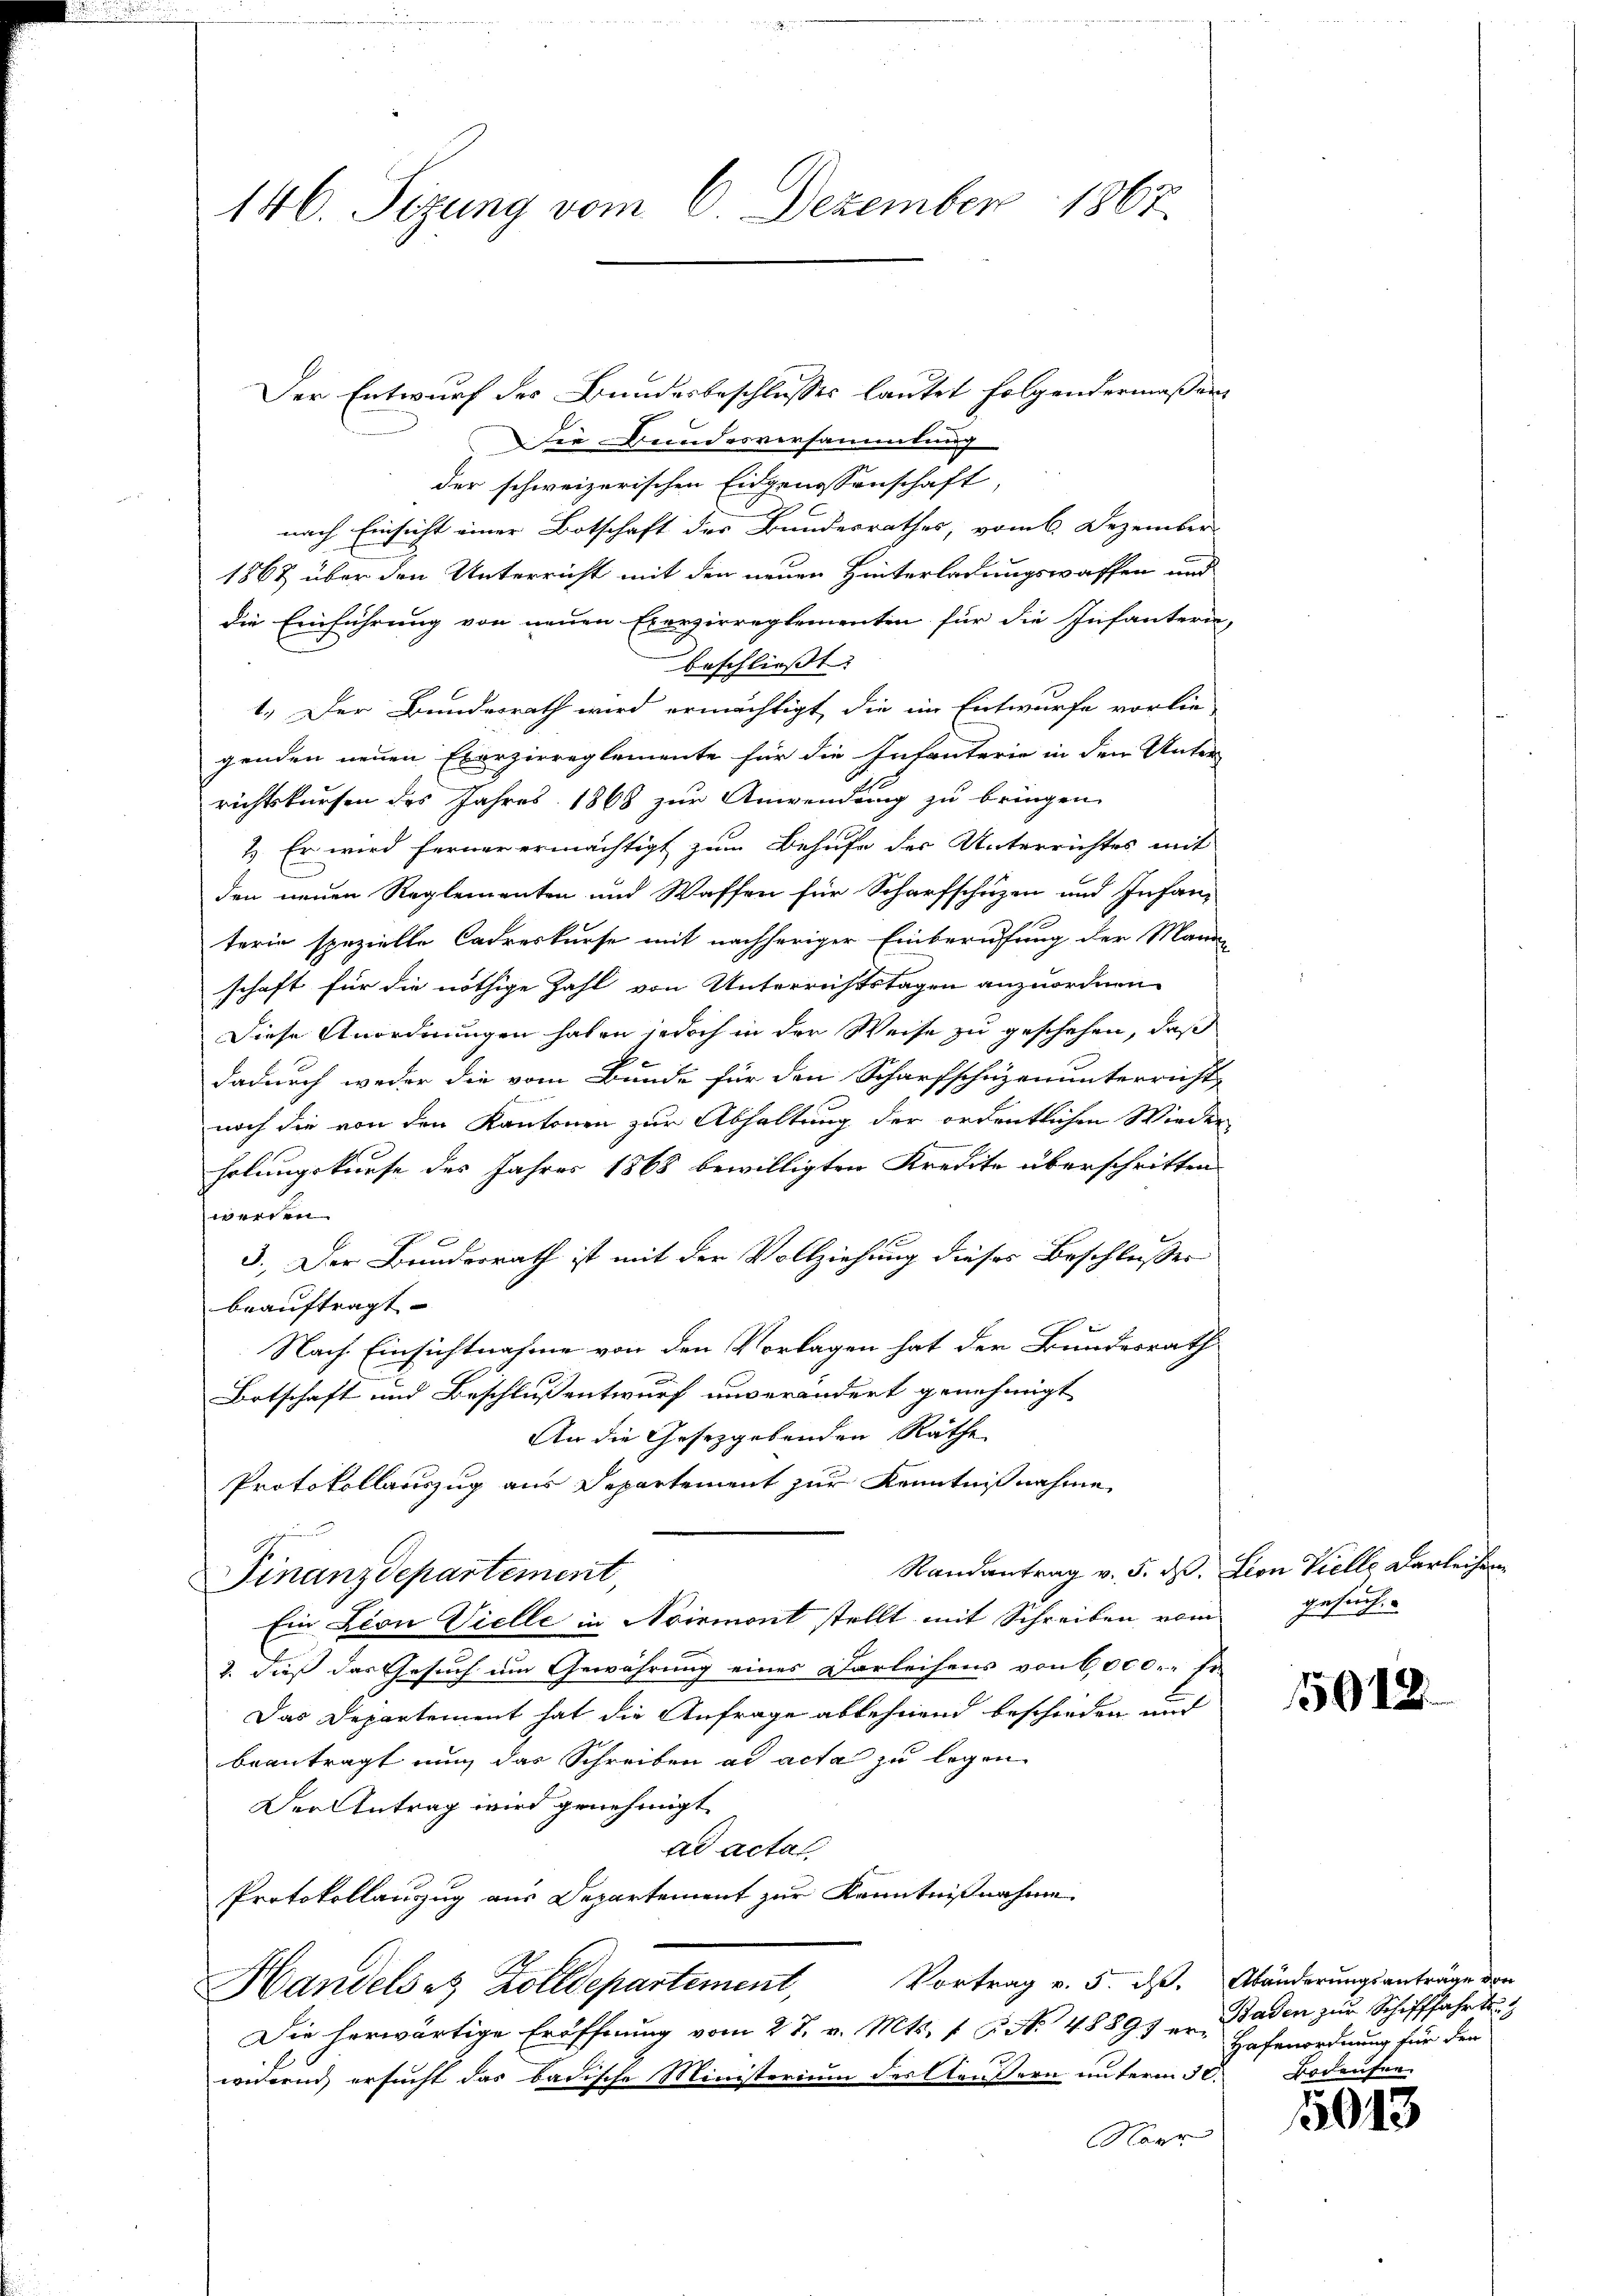
146. Sizung vom 6. Dezember 1867.

Der Entwurf des Bundesbeschlusses lautet folgendermaßer¬
Die Bundesversammlung
der schweizerischen Eidgenossenschaft,
nach Einsicht einer Botschaft des Bundesrathes, vom 6. Dezember
1867 über den Unterricht mit den neuen Hinterladungswassen und
die Einführung von neuen Exerzirreglementen für die Infanterie,
beschließt:
1.) Der Bundesrath wird ermächtigt, die im Entwurfe vorlie
genden neuen Exerzirreglemente für die Infanterie in den Unter-
richtskursen des Jahres 1868 zur Anwendung zu bringen,
1.) Er wird ferner ermächtigt zum Behufe des Unterrichtes mit
den neuen Reglementen und Waffen für Scharfschüzen und Infan-
terin spezielle Cadreskurse mit nachheriger Einberufung der Mande
schaft für die nöthige Zahl von Unterrichtstagen anzuordnen.
Diese Anordnungen haben jedoch in der Weise zu geschehen, daß
dadurch weder die vom Bunde für den Scharfschüzenunterricht
noch die von den Kantonen zur Abhaltung der ordentlichen Wieder
holungskurse des Jahres 1868 bewilligten Kredite überschritten
werden.
3.) Der Bundesrath ist mit der Vollziehung dieses Beschlusses
beauftragt.
Nach Einsichtnahme von den Vorlagen hat der Bundesrath
Ortschaft und Beschlussentwurf unverändert genehmigt
An die Gesetzgebenden Räthe
Protokollauszug aus Departement zur Kenntniß nehme
Randantrag v. 5. ds. Lion Vielle Darleihen
Finanzdepartement,
Ein Lion Vielle in Noirmont stellt mit Schreiben vom gesuch
2. dieß das Gesuch um Gewährung eines Darleihens von 6,000.- Er
Das Departement hat die Anfrage ablehnend beschieden und
beantragt nun das Schreiben ad acta zu legen
Der Antrag wird genehmigt
ad actat
Protokollauszug aus Departement zur Kenntnißnahme
Vortrag v. 5. d. Abänderungsanträge von
Handels es Zolldepartement,
Die herwärtige Eröffnung vom 27. v. Mts. f. P. Nr. 48891 erwedern ersucht das badische Ministerium der äußern unterm 30. Bodenfer
Napr

15012.

Baden zur Schifffahrt
Hafenordnung für den

5013